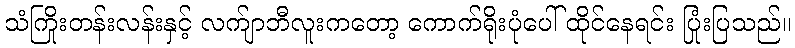
သံကြိုးတန်းလန်းနှင့် လက်ျာဘီလူးကတော့ ကောက်ရိုးပုံပေါ် ထိုင်နေရင်း ပြုံးပြသည်။